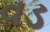
વડ